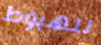
للهبوط